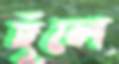
ছুঁলে